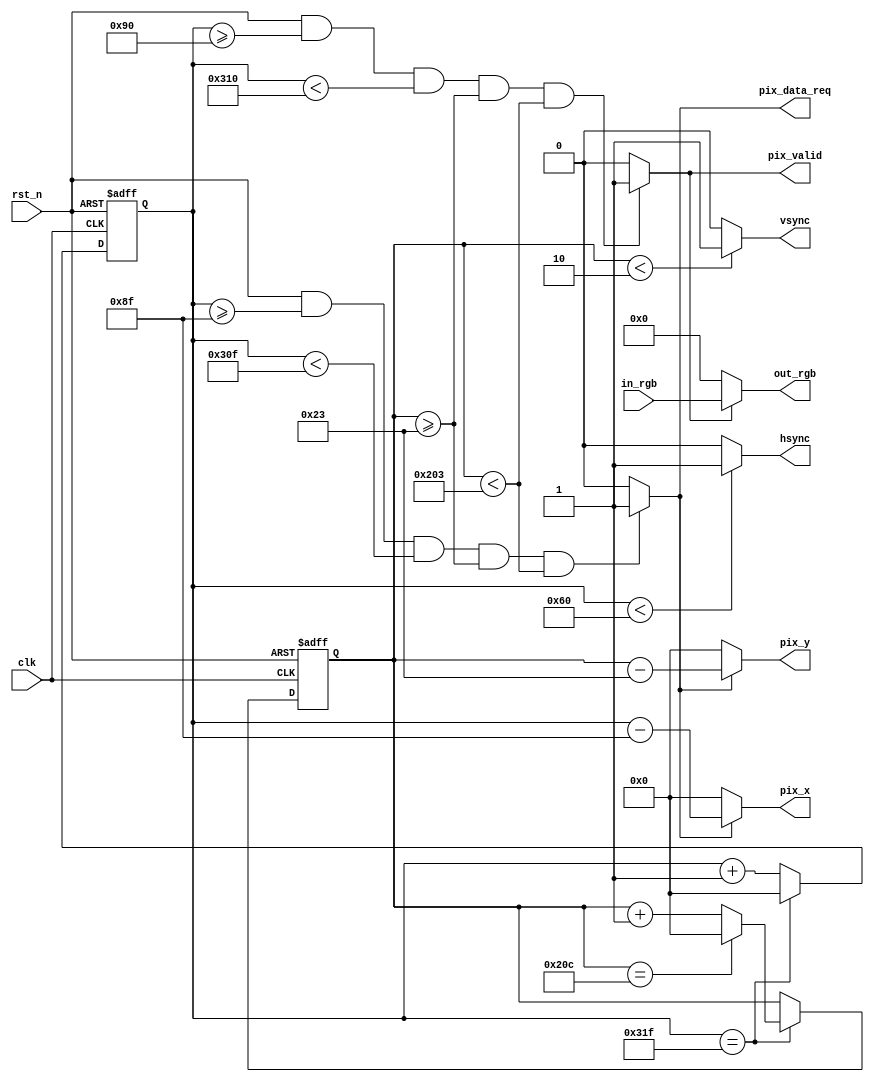
/***********************************************************************************************

VGA Timings: http://martin.hinner.info/vga/timing.html


                                        H Sync                          V Sync             
  Display Mode   Clock/MHz 
                            Sync   Back   Active  Front  Sync   Back   Active  Front 
                            Pulse  Porch  Video   Porch  Pulse  Porch  Video   Porch 

 640 x 480 @ 60  25.175     96     48     640     16     2      33     480     10    


***********************************************************************************************/

module vga_ctrl #(
    parameter PIX_REQ_OFFSET = 1, // default to 1
    parameter RGB_WIDTH = 16 // 16 = RGB-565, 24 = RGB-888
)
(
    input  wire clk,
    input  wire rst_n,
    input  wire [RGB_WIDTH-1:0] in_rgb,

    output wire hsync,
    output wire vsync,
    output wire pix_data_req,
    output [9:0] pix_x,
    output [9:0] pix_y,
    output pix_valid,
    output wire [RGB_WIDTH-1:0] out_rgb
);

`define DATA_0 10'd0

parameter H_SYNC  = 10'd96,
          H_BACK  = 10'd48,
          H_SIZE  = 10'd640,
          H_FRONT = 10'd16,
          H_TOTAL = H_SYNC + H_BACK + H_SIZE + H_FRONT, // 800
          V_SYNC  = 10'd2,
          V_BACK  = 10'd33,
          V_SIZE  = 10'd480,
          V_FRONT = 10'd10,
          V_TOTAL = V_SYNC + V_BACK + V_SIZE + V_FRONT; // 525

    // 0 ~ 799
    reg [9:0] cnt_h;

    // 0 ~ 524
    reg [9:0] cnt_v;

    always @ (posedge clk or negedge rst_n) begin
        if (! rst_n)
            cnt_h <= `DATA_0;
        else if (cnt_h == H_TOTAL - 1)
            cnt_h <= `DATA_0;
        else
            cnt_h <= cnt_h + 1;
    end

    always @ (posedge clk or negedge rst_n) begin
        if (! rst_n)
            cnt_v <= `DATA_0;
        else begin
            if (cnt_h == H_TOTAL - 1) begin
				if (cnt_v == V_TOTAL - 1)
					cnt_v <= `DATA_0;
                else
					cnt_v <= cnt_v + 1;
            end else begin
                cnt_v <= cnt_v;
            end
        end
    end

    assign pix_valid = rst_n
			&& (cnt_h >= (H_SYNC + H_BACK))
            && (cnt_h < (H_SYNC + H_BACK + H_SIZE))
            && (cnt_v >= (V_SYNC + V_BACK))
            && (cnt_v < (V_SYNC + V_BACK + V_SIZE))
            ? 1'b1 : 1'b0;

    assign pix_data_req = rst_n
			&& (cnt_h >= (H_SYNC + H_BACK - PIX_REQ_OFFSET))
            && (cnt_h < (H_SYNC + H_BACK + H_SIZE - PIX_REQ_OFFSET))
            && (cnt_v >= (V_SYNC + V_BACK))
            && (cnt_v < (V_SYNC + V_BACK + V_SIZE))
            ? 1'b1 : 1'b0;

    assign pix_x = pix_data_req == 1'b1 ? (cnt_h - (H_SYNC + H_BACK - PIX_REQ_OFFSET)) : `DATA_0;
    assign pix_y = pix_data_req == 1'b1 ? (cnt_v - (V_SYNC + V_BACK)) : `DATA_0;

    assign hsync = cnt_h < H_SYNC ? 1'b1 : 1'b0;

    assign vsync = cnt_v < V_SYNC ? 1'b1 : 1'b0;

    assign out_rgb = pix_valid == 1'b1 ? in_rgb : {RGB_WIDTH{1'b0}};

endmodule